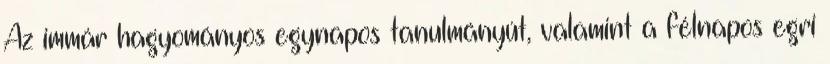
Az immár hagyományos egynapos tanulmányút, valamint a félnapos egri